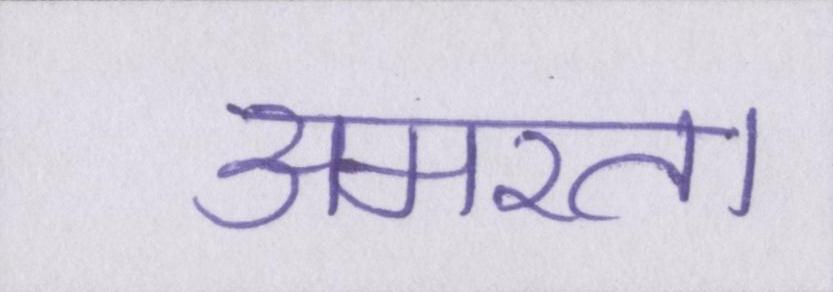
अमरता